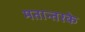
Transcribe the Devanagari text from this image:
मतान्तरके